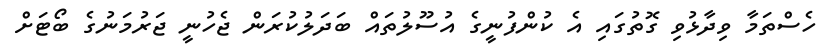
ހެސްތަމާ ވިދާޅުވި ގޮތުގައި އެ ކުންފުނީގެ އުސޫލުތައް ބަދަލުކުރަން ޖެހުނީ ޖަރުމަނުގެ ބޯޓަށް